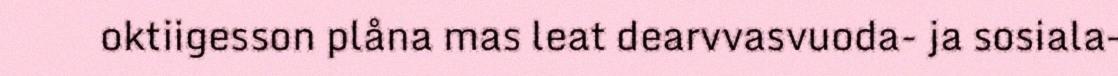
oktiigesson plåna mas leat dearvvasvuoda- ja sosiala-